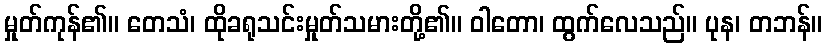
မှုတ်ကုန်၏။ တေသံ၊ ထိုခရုသင်းမှုတ်သမားတို့၏။ ဝါတော၊ ထွက်လေသည်။ ပုန၊ တဘန်။